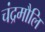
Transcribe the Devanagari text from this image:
चंद्रमौलि